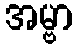
အမ္ဗာ